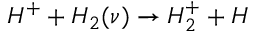
H ^ { + } + H _ { 2 } ( \nu ) \rightarrow H _ { 2 } ^ { + } + H